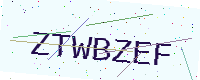
Text: ZTWBZEF